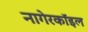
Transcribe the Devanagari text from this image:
नागेरकॉइल